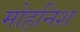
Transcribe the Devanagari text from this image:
मोहनिश